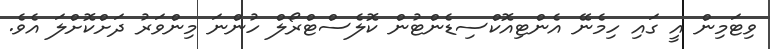
ވިޓަމިން އީ ގައި ހިމެނޭ އެންޓިއޮކްސިޑެންޓުން ކޮލެސްޓްރޯލް ހުންނަ މިންވަރު ދަށްކޮށްލަ އެވެ.